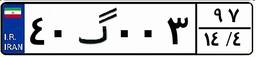
۴۰گ۰۰۳۹۷